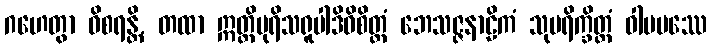
ဂဟေတွာ ဝိစရန္တိ, တထာ ဣတ္ထိပုရိသရူပါဒိဝိစိတ္တံ ဘေသဇ္ဇနာဠိကံ သုပရိက္ခိတ္တံ ဝါမပဿေ